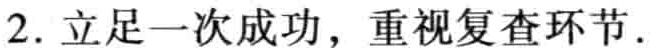
2. 立足一次成功，重视复查环节.